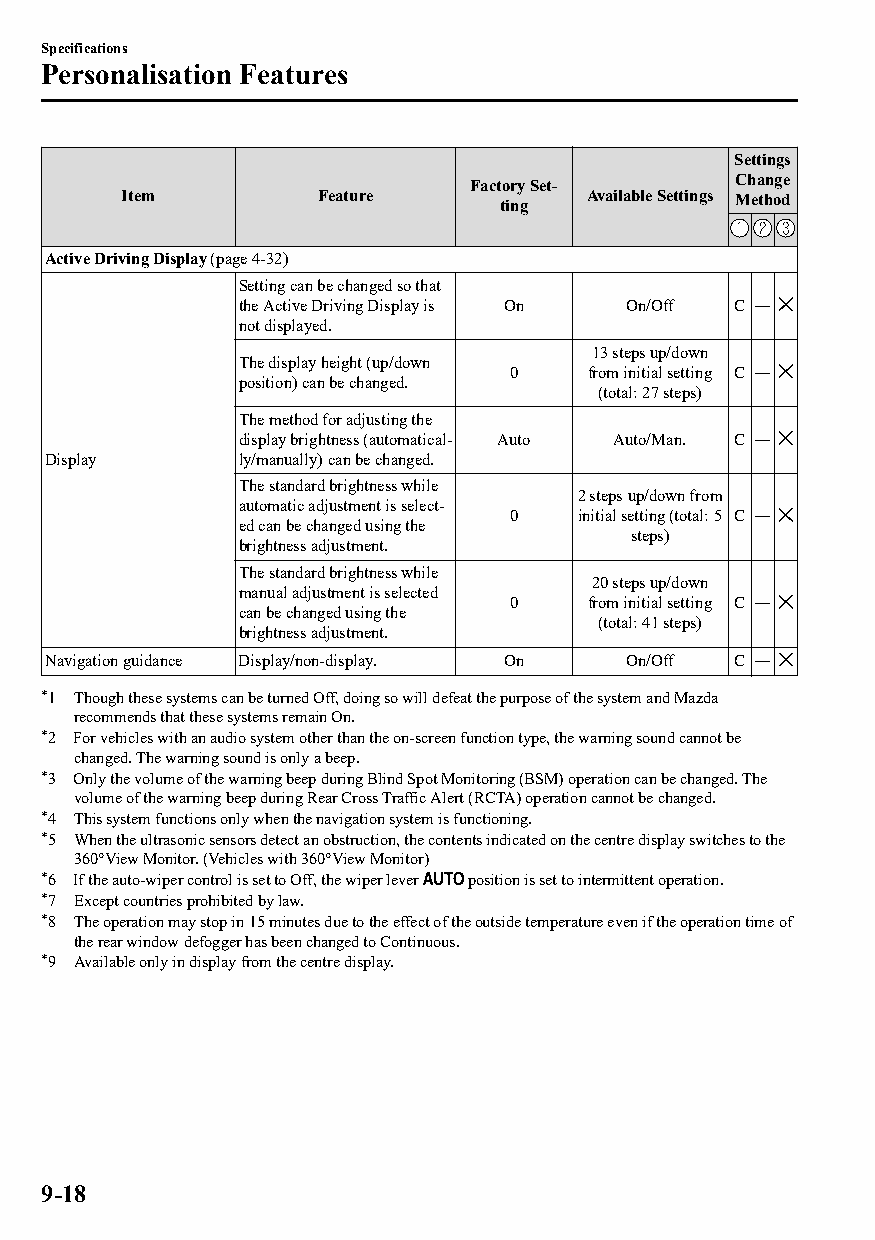
Specifications
 Personalisation Features
 Settings
 Factory Set‐     Change
 Item         Feature     ting  Available Settings Method
 Active Driving Display (page 4-32)
 Setting can be changed so that
 the Active Driving Display is On On/Off C ―
 not displayed.
 13 steps up/down
 The display height (up/down
 0     from initial setting C ―
 position) can be changed.
 (total: 27 steps)
 The method for adjusting the
 display brightness (automatical‐ Auto Auto/Man. C ―
 Display      ly/manually) can be changed.
 The standard brightness while
 2 steps up/down from
 automatic adjustment is select‐
 0    initial setting (total: 5 C ―
 ed can be changed using the
 steps)
 brightness adjustment.
 The standard brightness while
 20 steps up/down
 manual adjustment is selected
 0     from initial setting C ―
 can be changed using the
 (total: 41 steps)
 brightness adjustment.
 Navigation guidance Display/non-display. On On/Off C ―
 *1 Though these systems can be turned Off, doing so will defeat the purpose of the system and Mazda
 recommends that these systems remain On.
 *2 For vehicles with an audio system other than the on-screen function type, the warning sound cannot be
 changed. The warning sound is only a beep.
 *3 Only the volume of the warning beep during Blind Spot Monitoring (BSM) operation can be changed. The
 volume of the warning beep during Rear Cross Traffic Alert (RCTA) operation cannot be changed.
 *4 This system functions only when the navigation system is functioning.
 *5 When the ultrasonic sensors detect an obstruction, the contents indicated on the centre display switches to the
 360°View Monitor. (Vehicles with 360°View Monitor)
 *6 If the auto-wiper control is set to Off, the wiper lever position is set to intermittent operation.
 *7 Except countries prohibited by law.
 *8 The operation may stop in 15 minutes due to the effect of the outside temperature even if the operation time of
 the rear window defogger has been changed to Continuous.
 *9 Available only in display from the centre display.
 9-18
 CX-3_8GT4-EE-18D_Edition4                  2018-9-6 18:32:19